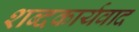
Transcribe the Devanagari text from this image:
शब्दकार्यवाद